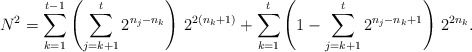
\begin{align*}N^{2}=\sum_{k=1}^{t-1}\left(\sum_{j=k+1}^{t} 2^{n_{j}-n_{k}}\right)\,2^{2(n_{k}+1)}+\sum_{k=1}^{t}\left(1-\sum_{j=k+1}^{t} 2^{n_{j}-n_{k}+1}\right)\,2^{2 n_{k}}.\end{align*}